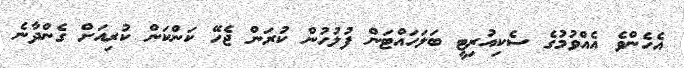
އެހެންވެ އެއްވުމުގެ ސެކިއުރިޓީ ބަލަހައްޓަން ފުލުހުން ކުރަން ޖެހޭ ކަންކަން ކުރިއަށް ގެންދާނެ